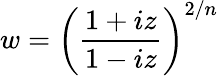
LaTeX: w=\left(\frac{1+iz}{1-iz}\right)^{2/n}